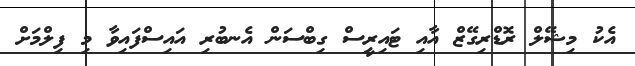
އެކު މިޝޭލް ރޮޑްރިގޭޒް އާއި ޓައިރީސް ގިބްސަން އެނބުރި އައިސްފައިވާ މި ފިލްމަށް